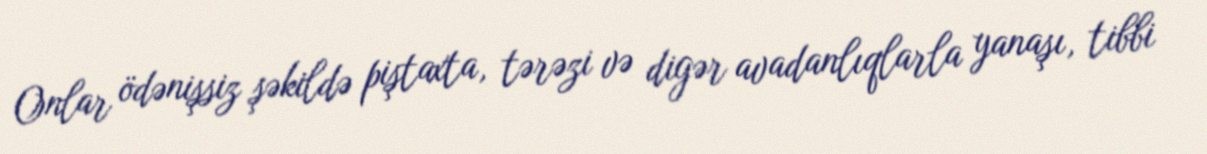
Onlar ödənişsiz şəkildə piştaxta, tərəzi və digər avadanlıqlarla yanaşı, tibbi